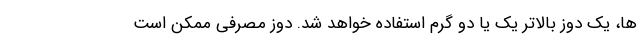
ها، یک دوز بالاتر یک یا دو گرم استفاده خواهد شد. دوز مصرفی ممکن است